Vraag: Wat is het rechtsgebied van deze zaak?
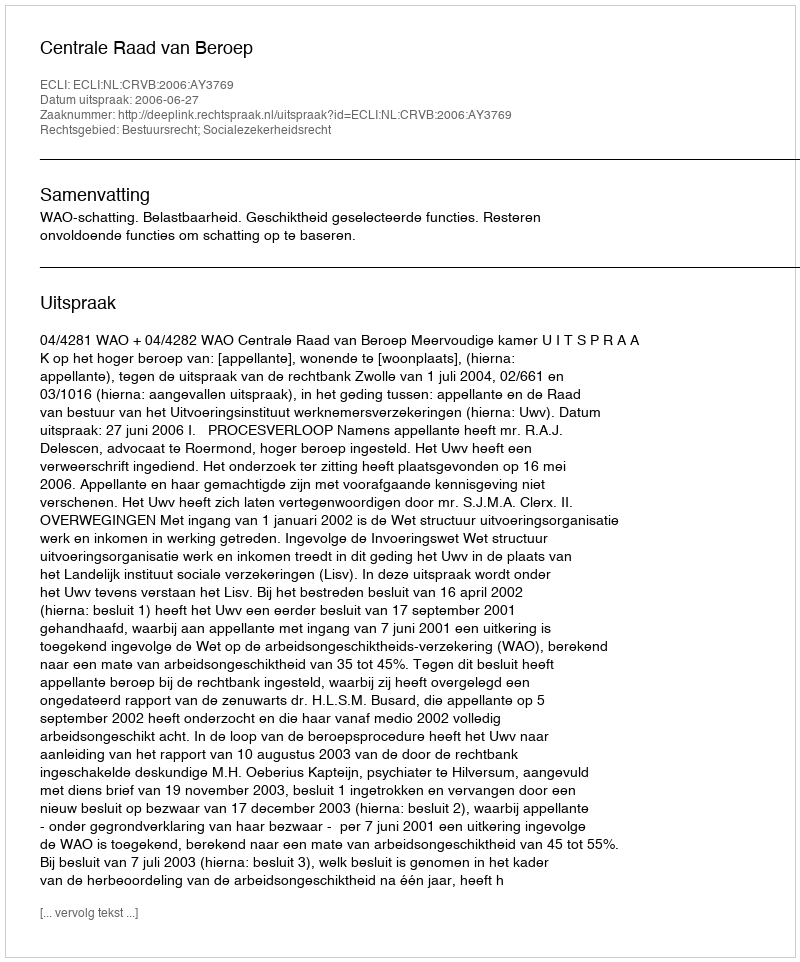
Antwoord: Bestuursrecht; Socialezekerheidsrecht